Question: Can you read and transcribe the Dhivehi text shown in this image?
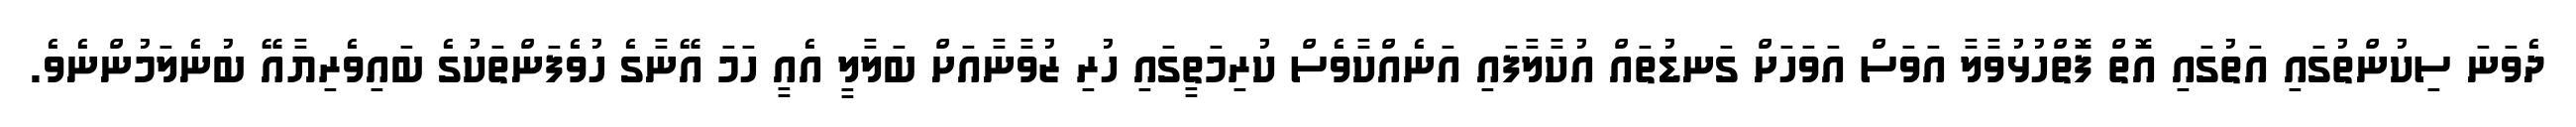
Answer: ދެވަނަ ސިކުންތުގައި އަތުގައި އޮތް ފޮތްހުޅުވާލާ އަވަސް އަވަހަށް ގަނޑުތައް އުކާލާފައި އަނެއްކާވެސް ކުރިމަތީގައި ހުރި ޒުވާނާއަށް ބަލާލީ އެއީ ހަމަ އޭނާގެ ހުވެފަންތަކުގެ ބައިވެރިޔާއޭ ބުނެލަމުންނެވެ.